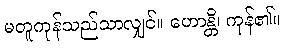
မတူကုန်သည်သာလျှင်။ ဟောန္တိ၊ ကုန်၏။